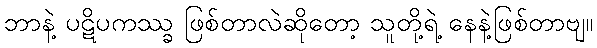
ဘာနဲ့ ပဋိပကဿ္ခ ဖြစ်တာလဲဆိုတော့ သူတို့ရဲ့ နေနဲ့ဖြစ်တာဗျ။